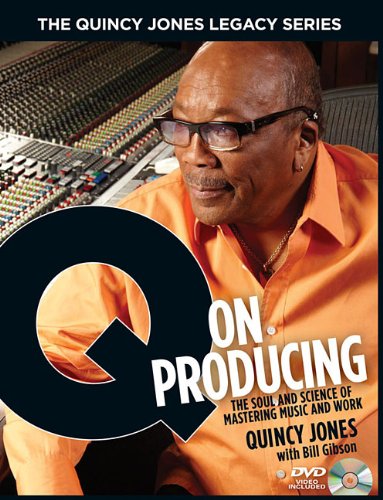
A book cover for The Quincy Jones Legacy Series: Q on Producing: The Soul and Science of Mastering Music and Work; Bill Gibson; Arts & Photography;